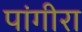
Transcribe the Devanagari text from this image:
पांगीरा